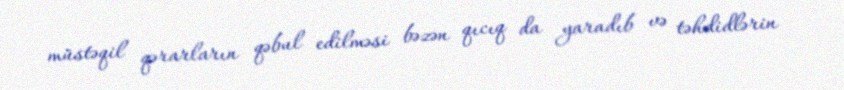
müstəqil qərarların qəbul edilməsi bəzən qıcıq da yaradıb və təhdidlərin